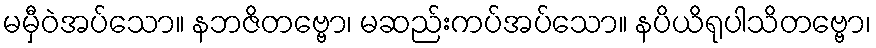
မမှီဝဲအပ်သော။ နဘဇိတဗ္ဗော၊ မဆည်းကပ်အပ်သော။ နပိယိရုပါသိတဗ္ဗော၊